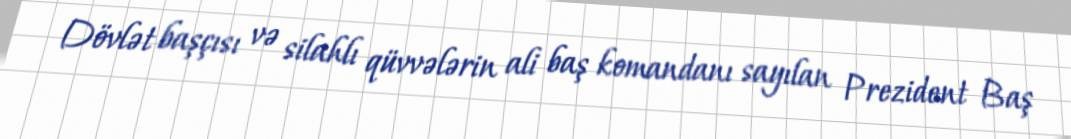
Dövlət başçısı və silahlı qüvvələrin ali baş komandanı sayılan Prezident Baş